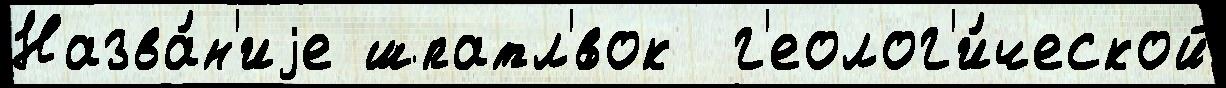
Назва́н'иjе шпатл'́вок  г'еолог'и́ческой